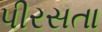
પીરસતા